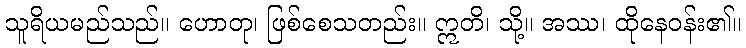
သူရိယမည်သည်။ ဟောတု၊ ဖြစ်စေသတည်း။ ဣတိ၊ သို့။ အဿ၊ ထိုနေဝန်း၏။